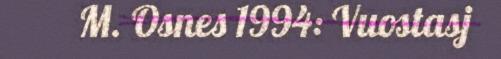
M. Osnes 1994: Vuostasj